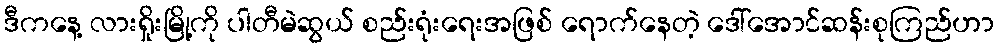
ဒီကနေ့ လားရှိုးမြို့ကို ပါတီမဲဆွယ် စည်းရုံးရေးအဖြစ် ရောက်နေတဲ့ ဒေါ်အောင်ဆန်းစုကြည်ဟာ